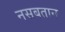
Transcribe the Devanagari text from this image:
नसबतान